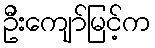
ဦးကျော်မြင့်က